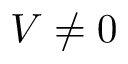
V \neq 0